Civil Veterinary Dept. Bombay admin report 1900-1906 - 1900-1906
Year: 1900
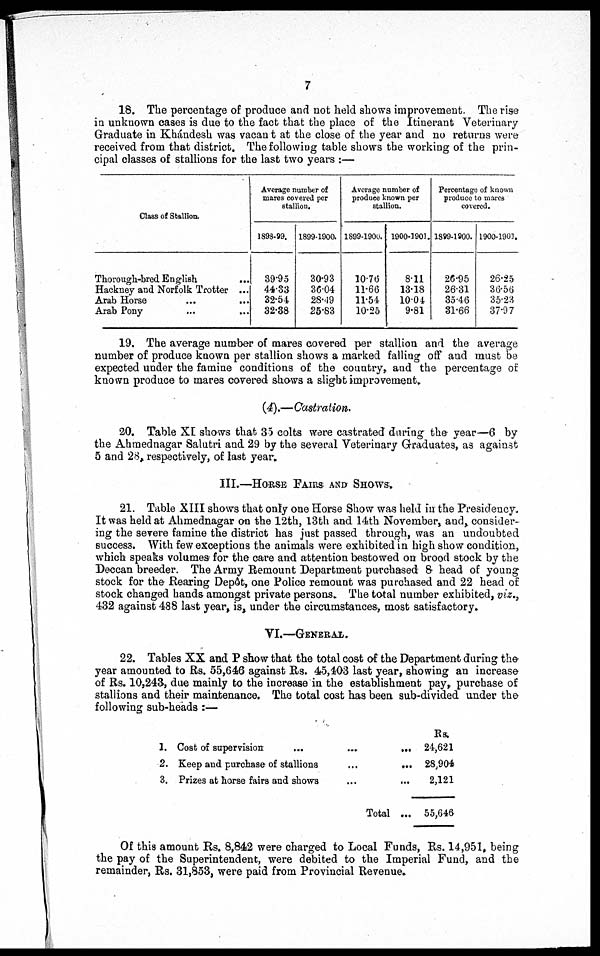
7
18. The percentage of produce and not held shows improvement. The rise
in unknown cases is due to the fact that the place of the Itinerant Veterinary
Graduate in Khándesh was vacant at the close of the year and no returns were
received from that district. The following table shows the working of the prin-
cipal classes of stallions for the last two years :—
Class of Stallion.
Thorough-bred English ...
Hackney and Norfolk Trotter ...
Arab Horse ... ....
Arab Pony ... ...
Average number of
mares covered per
stallion.
1898-99.
39.95
44.33
32.54
32.38
1899-1900.
30.93
36.04
28.49
25.83
Average number of
produce known per
stallion.
1899-1900.
10.76
11.66
11.54
10.25
1900-1901.
811
13.18
10.04
9.81
Percentage of known
produce to marcs
covered.
1899.1900.
26.95
26.31
35.46
31.66
1900-1901.
26.25
36.56
35.23
37.97
19. The average number of mares covered per stallion and the average
number of produce known per stallion shows a marked falling off and must be
expected under the famine conditions of the country, and the percentage of
known produce to mares covered shows a slight improvement,
(4).—Castration.
20. Table XI shows that 35 colts were castrated during the year—6 by
the Ahmednagar Salutri and 29 by the several Veterinary Graduates, as against
5 and 28, respectively, of last year.
III.—HORSE FAIRS AND SHOWS.
21. Table XIII shows that only one Horse Show was held in the Presidency.
It was held at Ahmednagar on the 12th, 13th and 14th November, and consider-
ing the severe famine the district has just passed through, was an undoubted
success. With few exceptions the animals were exhibited in high show condition,
which speaks volumes for the care and attention bestowed on brood stock by the
Deccan breeder. The Army Remount Department purchased 8 head of young
stock for the Rearing Depôt, one Police remount was purchased and 22 head of
stock changed hands amongst private persons. The total number exhibited, viz.,
432 against 488 last year, is, under the circumstances, most satisfactory.
VI.—GENERAL.
22. Tables XX and P show that the total cost of the Department during the
year amounted to Rs. 55,646 against Rs. 45,403 last year, showing an increase
of Rs. 10,243, due mainly to the increase in the establishment pay, purchase of
stallions and their maintenance. The total cost has been sub-divided under the
following sub-heads :—
1.
2.
3.
Cost of supervision
...
...
...
Keep and purchase of stallions
...
...
Prizes at horse fairs and shows
...
...
Total ...
Rs.
24,621
28,904
2,121
55,646
Of this amount Rs. 8,842 were charged to Local Funds, Rs. 14,951, being
the pay of the Superintendent, were debited to the Imperial Fund, and the
remainder, Rs. 31,853, were paid from Provincial Revenue.